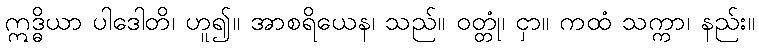
ဣဒ္ဓိယာ ပါဒေါတိ၊ ဟူ၍။ အာစရိယေန၊ သည်။ ဝတ္တုံ၊ ငှာ။ ကထံ သက္ကာ၊ နည်း။